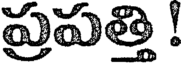
ప్రపత్తి !